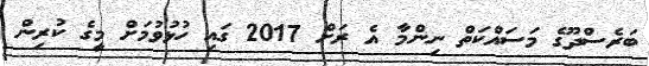
ބަރެސްދޫގެ މަސައްކަތް ނިންމާ އެ ރަށް 2017 ގައި ހުޅުވުމަށް މީގެ ކުރިން